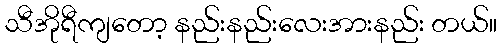
သီအိုရီကျတော့ နည်းနည်းလေးအားနည်း တယ်။